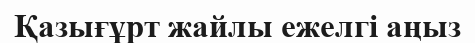
Қазығұрт жайлы ежелгі аңыз